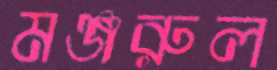
মঞ্জরুল